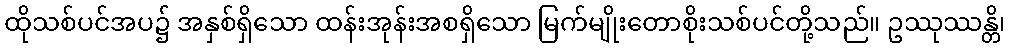
ထိုသစ်ပင်အပ၌ အနှစ်ရှိသော ထန်းအုန်းအစရှိသော မြက်မျိုးတောစိုးသစ်ပင်တို့သည်။ ဥဿုဿန္တိ၊